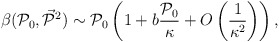
\begin{align*}\beta({\cal P}_0, \vec{{\cal P}}{}^2) \sim {\cal P}_0\left(1 + b \frac{{\cal P}_0}{\kappa} +O\left(\frac{1}{\kappa^2}\right)\right),\end{align*}